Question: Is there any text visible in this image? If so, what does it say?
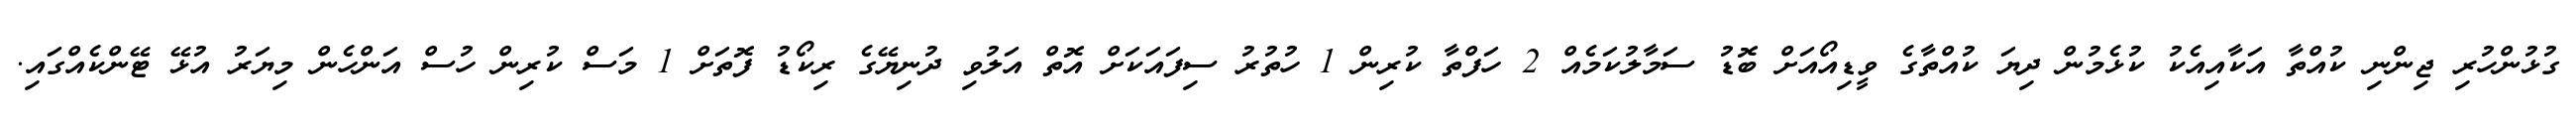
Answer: ގުޅުންހުރި ޖިންނި ކުއްތާ އަކާއިއެކު ކުޅެމުން ދިޔަ ކުއްތާގެ ވީޑިއޯއަށް ބޮޑު ސަމާލުކަމެއް 2 ހަފްތާ ކުރިން 1 ހުތުރު ސިފައަކަށް އޮތް އަލުވި ދުނިޔޭގެ ރިކޯޑު ފޮތަށް 1 މަސް ކުރިން ހުސް އަންހެން މިޔަރު އުޅޭ ޓޭންކެއްގައި.